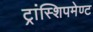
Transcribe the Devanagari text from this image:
ट्रांस्शिपमेण्ट